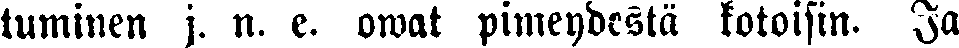
tuminen j. n. e. owat pimeydestä kotoisin. Ja